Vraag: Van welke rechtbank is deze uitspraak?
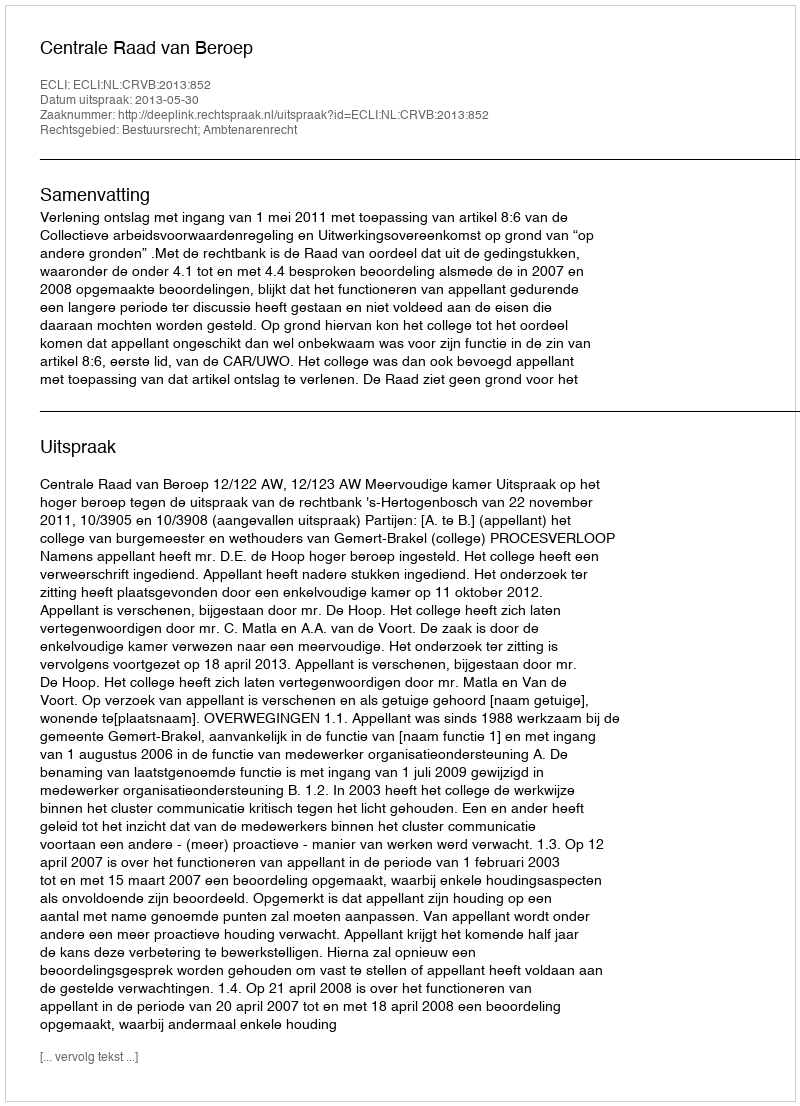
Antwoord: Centrale Raad van Beroep